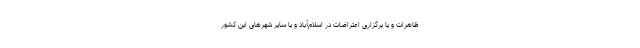
ظاهرات و یا برگزاری اعتراضات در اسلام‌آباد و یا سایر شهرهای این کشور